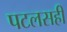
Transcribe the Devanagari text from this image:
पटलसही